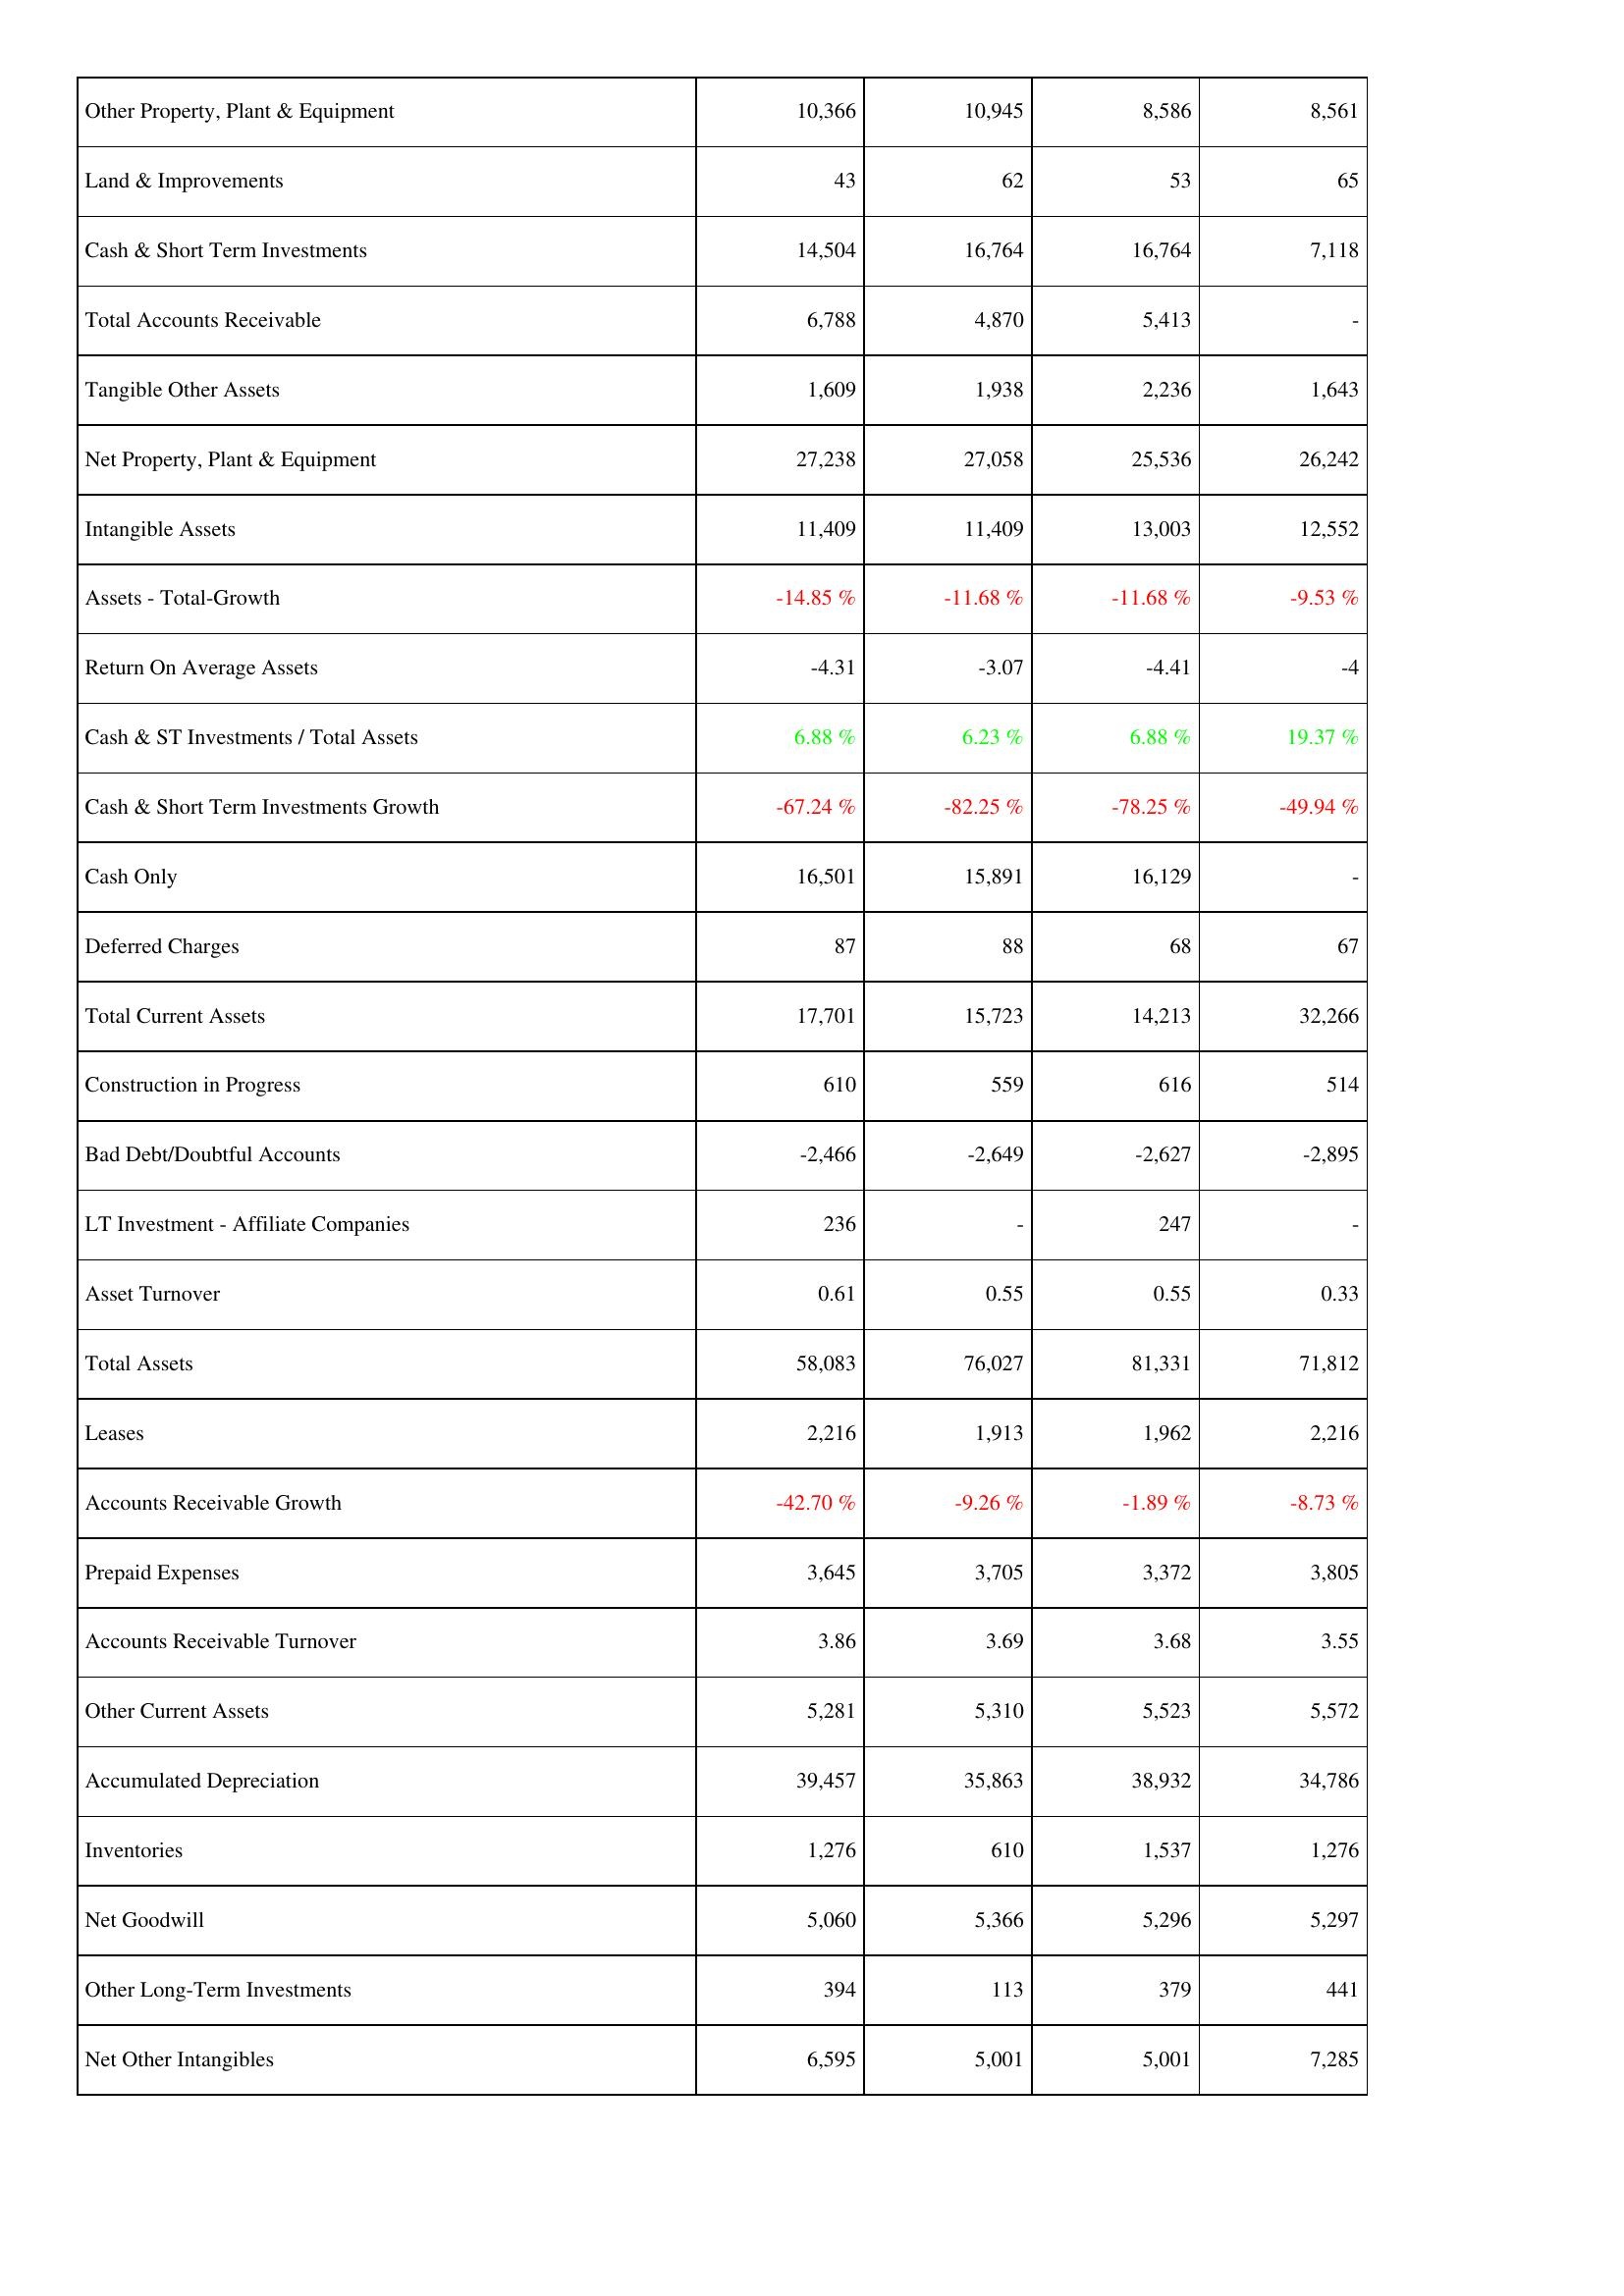
2006: Assets: Other Property, Plant & Equipment: 10,366
Land & Improvements: 43
Cash & Short Term Investments: 14,504
Total Accounts Receivable: 6,788
Tangible Other Assets: 1,609
Net Property, Plant & Equipment: 27,238
Intangible Assets: 11,409
Assets - Total-Growth: -14.85 %
Return On Average Assets: -4.31
Cash & ST Investments / Total Assets: 6.88 %
Cash & Short Term Investments Growth: -67.24 %
Cash Only: 16,501
Deferred Charges: 87
Total Current Assets: 17,701
Construction in Progress: 610
Bad Debt/Doubtful Accounts: -2,466
LT Investment - Affiliate Companies: 236
Asset Turnover: 0.61
Total Assets: 58,083
Leases: 2,216
Accounts Receivable Growth: -42.70 %
Prepaid Expenses: 3,645
Accounts Receivable Turnover: 3.86
Other Current Assets: 5,281
Accumulated Depreciation: 39,457
Inventories: 1,276
Net Goodwill: 5,060
Other Long-Term Investments: 394
Net Other Intangibles: 6,595
2007: Assets: Other Property, Plant & Equipment: 10,945
Land & Improvements: 62
Cash & Short Term Investments: 16,764
Total Accounts Receivable: 4,870
Tangible Other Assets: 1,938
Net Property, Plant & Equipment: 27,058
Intangible Assets: 11,409
Assets - Total-Growth: -11.68 %
Return On Average Assets: -3.07
Cash & ST Investments / Total Assets: 6.23 %
Cash & Short Term Investments Growth: -82.25 %
Cash Only: 15,891
Deferred Charges: 88
Total Current Assets: 15,723
Construction in Progress: 559
Bad Debt/Doubtful Accounts: -2,649
LT Investment - Affiliate Companies: -
Asset Turnover: 0.55
Total Assets: 76,027
Leases: 1,913
Accounts Receivable Growth: -9.26 %
Prepaid Expenses: 3,705
Accounts Receivable Turnover: 3.69
Other Current Assets: 5,310
Accumulated Depreciation: 35,863
Inventories: 610
Net Goodwill: 5,366
Other Long-Term Investments: 113
Net Other Intangibles: 5,001
2008: Assets: Other Property, Plant & Equipment: 8,586
Land & Improvements: 53
Cash & Short Term Investments: 16,764
Total Accounts Receivable: 5,413
Tangible Other Assets: 2,236
Net Property, Plant & Equipment: 25,536
Intangible Assets: 13,003
Assets - Total-Growth: -11.68 %
Return On Average Assets: -4.41
Cash & ST Investments / Total Assets: 6.88 %
Cash & Short Term Investments Growth: -78.25 %
Cash Only: 16,129
Deferred Charges: 68
Total Current Assets: 14,213
Construction in Progress: 616
Bad Debt/Doubtful Accounts: -2,627
LT Investment - Affiliate Companies: 247
Asset Turnover: 0.55
Total Assets: 81,331
Leases: 1,962
Accounts Receivable Growth: -1.89 %
Prepaid Expenses: 3,372
Accounts Receivable Turnover: 3.68
Other Current Assets: 5,523
Accumulated Depreciation: 38,932
Inventories: 1,537
Net Goodwill: 5,296
Other Long-Term Investments: 379
Net Other Intangibles: 5,001
2009: Assets: Other Property, Plant & Equipment: 8,561
Land & Improvements: 65
Cash & Short Term Investments: 7,118
Total Accounts Receivable: -
Tangible Other Assets: 1,643
Net Property, Plant & Equipment: 26,242
Intangible Assets: 12,552
Assets - Total-Growth: -9.53 %
Return On Average Assets: -4
Cash & ST Investments / Total Assets: 19.37 %
Cash & Short Term Investments Growth: -49.94 %
Cash Only: -
Deferred Charges: 67
Total Current Assets: 32,266
Construction in Progress: 514
Bad Debt/Doubtful Accounts: -2,895
LT Investment - Affiliate Companies: -
Asset Turnover: 0.33
Total Assets: 71,812
Leases: 2,216
Accounts Receivable Growth: -8.73 %
Prepaid Expenses: 3,805
Accounts Receivable Turnover: 3.55
Other Current Assets: 5,572
Accumulated Depreciation: 34,786
Inventories: 1,276
Net Goodwill: 5,297
Other Long-Term Investments: 441
Net Other Intangibles: 7,285